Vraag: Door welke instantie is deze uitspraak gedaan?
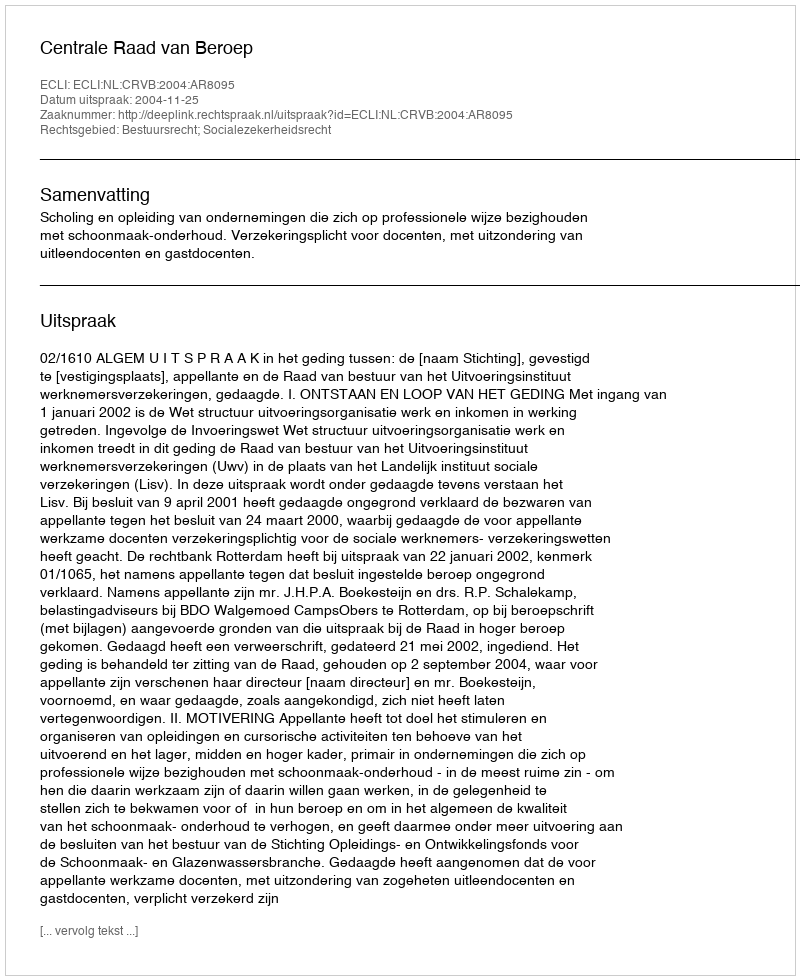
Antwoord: Centrale Raad van Beroep